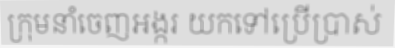
ក្រុមនាំចេញអង្ករ យកទៅប្រើប្រាស់